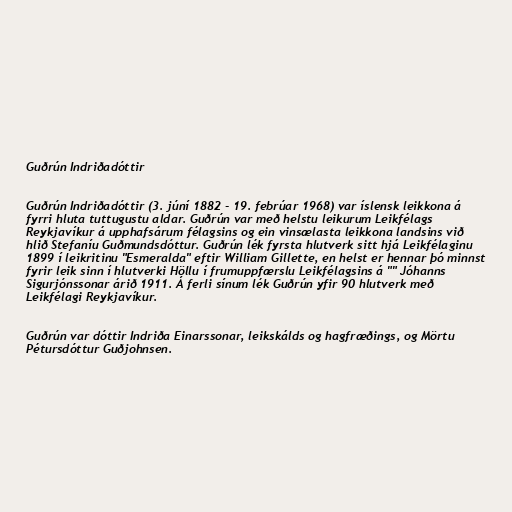
Guðrún Indriðadóttir

Guðrún Indriðadóttir (3. júní 1882 - 19. febrúar 1968) var íslensk leikkona á
fyrri hluta tuttugustu aldar. Guðrún var með helstu leikurum Leikfélags
Reykjavíkur á upphafsárum félagsins og ein vinsælasta leikkona landsins við
hlið Stefaníu Guðmundsdóttur. Guðrún lék fyrsta hlutverk sitt hjá Leikfélaginu
1899 í leikritinu "Esmeralda" eftir William Gillette, en helst er hennar þó minnst
fyrir leik sinn í hlutverki Höllu í frumuppfærslu Leikfélagsins á "" Jóhanns
Sigurjónssonar árið 1911. Á ferli sínum lék Guðrún yfir 90 hlutverk með
Leikfélagi Reykjavíkur.

Guðrún var dóttir Indriða Einarssonar, leikskálds og hagfræðings, og Mörtu
Pétursdóttur Guðjohnsen.